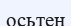
осьтен